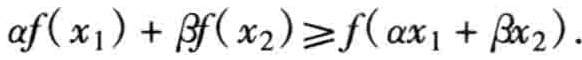
\(\alpha f(x_{1})+\beta f(x_{2})\geqslant f(\alpha x_{1}+\beta x_{2}).\)